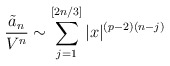
\begin{align*}\frac{\tilde{a}_{n}}{V^{n}}\sim \sum\limits_{j=1}^{[2n/3]}|x|^{(p-2)(n-j)} \end{align*}